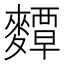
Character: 𪍵